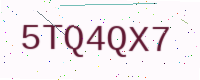
Text: 5TQ4QX7